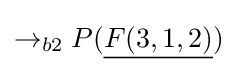
\rightarrow _{b2}P({\underline {F(3,1,2)}})